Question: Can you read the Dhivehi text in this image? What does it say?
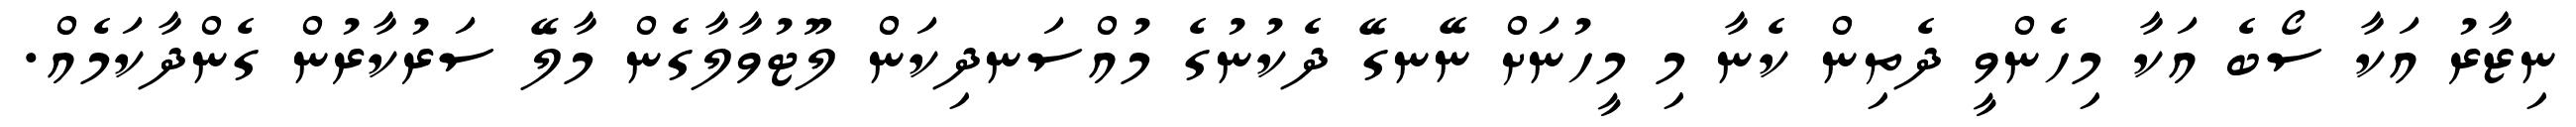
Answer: ނިޒާރު އަކާ ސޯބެ އަކާ މިހެންވީ ދެތިން ކެނާ މި މީހުނަށް ނޭނގޭ ދެކުނުގެ މުއްސަނދިކަން ލޫޓުވާލާގެން މާލޭ ސަރުކާރުން ގެންދާކަމެއް.